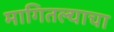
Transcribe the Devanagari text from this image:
मागितल्याचा